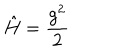
\hat { H } = \frac { g ^ { 2 } } { 2 }